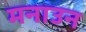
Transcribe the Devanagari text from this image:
मनाउन